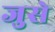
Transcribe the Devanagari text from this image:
जुसे